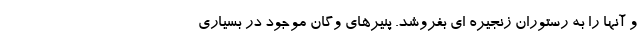
و آنها را به رستوران‌ زنجیره ای بفروشد. پنیرهای وگان موجود در بسیاری